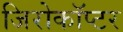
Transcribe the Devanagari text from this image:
जिरोकॉप्टर